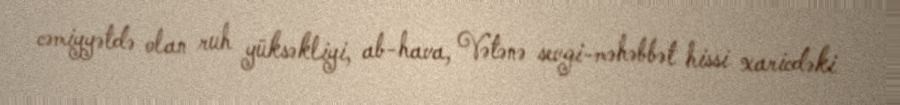
cəmiyyətdə olan ruh yüksəkliyi, ab-hava, Vətənə sevgi-məhəbbət hissi xaricdəki